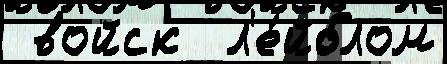
 войск  л'е́йблом